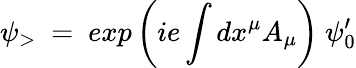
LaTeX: \psi_{>}~=~exp\left(ie\int dx^{\mu}A_{\mu}\right)~\psi_{0}^{\prime}